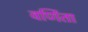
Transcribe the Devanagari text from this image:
वर्णिता